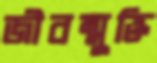
জীবন্মুক্তি